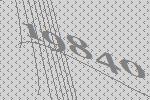
19840